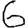
Digit: 6